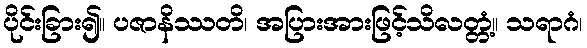
ပိုင်းခြား၍။ ပဇာနိဿတိ၊ အပြားအားဖြင့်သိလတ္တံ့။ သရာဂံ၊